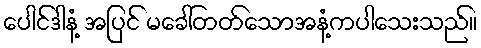
ပေါင်ဒါနံ့ အပြင် မခေါ်တတ်သောအနံ့ကပါသေးသည်။